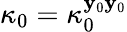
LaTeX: \kappa_{0}=\kappa_{0}^{\mathbf{y}_{0}\mathbf{y}_{0}}